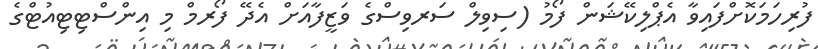
ފުރިހަމަކޮށްފައިވާ އެޕްލިކޭޝަން ފޯމު (ސިވިލް ސަރވިސްގެ ވަޒީފާއަށް އެދޭ ފޯރމް މި އިންސްޓިޓިއުޓްގެ